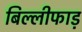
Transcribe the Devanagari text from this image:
बिल्लीफाड़